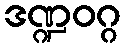
ဒဏ္ဍဝဂ္ဂ